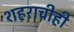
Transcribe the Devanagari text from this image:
शहराचीही